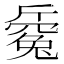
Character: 𣃅